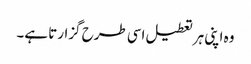
وہ اپنی ہر تعطیل اسی طرح گزارتا ہے۔